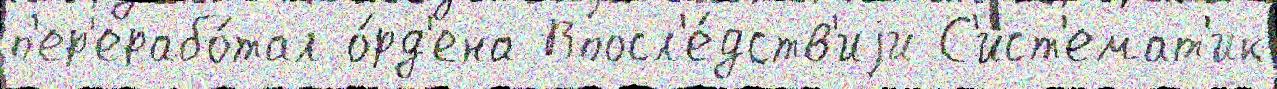
п'ер'ерабо́тал о́рд'ена Впосл'е́дств'иjи С'ист'емат'ик